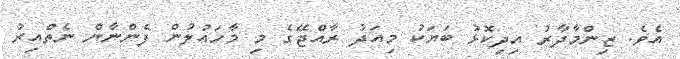
އެވެ. ޒިންމާދާރު އިދިކޮޅު ބަޔަކު މިއަދު ރާއްޖޭގެ މި މާހައުލުން ފެންނާން ނެތްއިރު